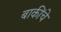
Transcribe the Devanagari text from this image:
बाकींचे